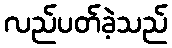
လည်ပတ်ခဲ့သည်